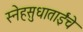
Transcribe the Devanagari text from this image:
स्नेहसुधाताईंचे